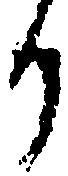
り